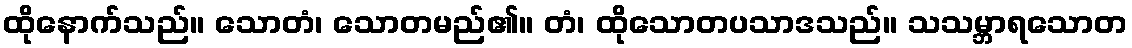
ထိုနောက်သည်။ သောတံ၊ သောတမည်၏။ တံ၊ ထိုသောတပသာဒသည်။ သသမ္ဘာရသောတ